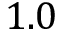
1 . 0